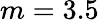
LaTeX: m=3.5